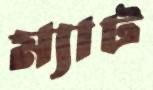
ম্যাট